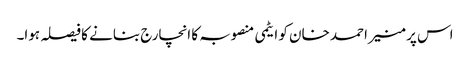
اس پر منیر احمد خان کو ایٹمی منصوبہ کا انچارج بنانے کا فیصلہ ہوا۔